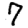
Digit: 7